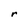
Character: r